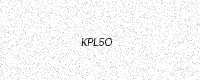
Text: KPL5O